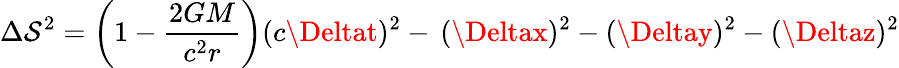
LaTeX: \Delta\mathcal{S}^{2}=\left(1-{\frac{{2GM}}{{c^{2}r}}}\right)(c\Deltat)^{2}-\, (\Deltax)^{2}-(\Deltay)^{2}-(\Deltaz)^{2}